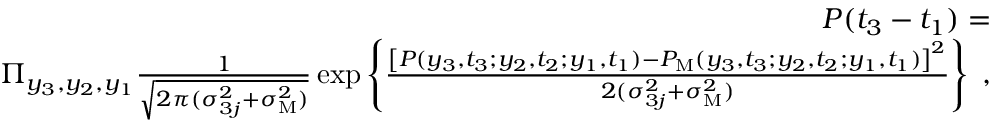
\begin{array} { r l r } & { } & { P ( t _ { 3 } - t _ { 1 } ) = } \\ & { } & { \Pi _ { y _ { 3 } , y _ { 2 } , y _ { 1 } } \frac { 1 } { \sqrt { 2 \pi ( \sigma _ { 3 j } ^ { 2 } + \sigma _ { \mathrm { M } } ^ { 2 } ) } } \exp \left\{ \frac { \left[ P ( y _ { 3 } , t _ { 3 } ; y _ { 2 } , t _ { 2 } ; y _ { 1 } , t _ { 1 } ) - P _ { \mathrm { M } } ( y _ { 3 } , t _ { 3 } ; y _ { 2 } , t _ { 2 } ; y _ { 1 } , t _ { 1 } ) \right] ^ { 2 } } { 2 ( \sigma _ { 3 j } ^ { 2 } + \sigma _ { \mathrm { M } } ^ { 2 } ) } \right\} \; , } \end{array}